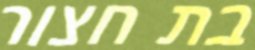
בת חצור